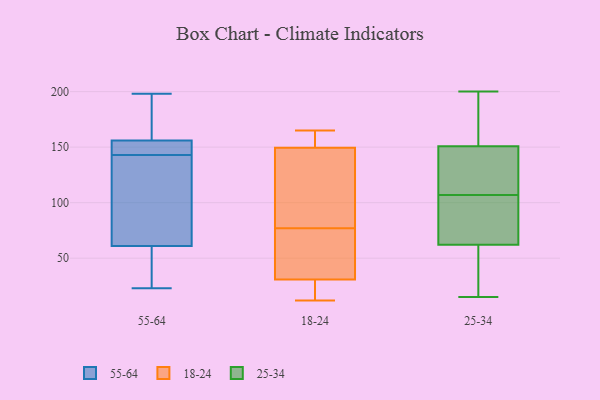
{"axis": {"x": "Demand Index", "y": "Value"}, "legend": ["18-24", "25-34", "55-64"], "data": [{"x": "", "y": 162, "type": "55-64"}, {"x": "", "y": 29, "type": "55-64"}, {"x": "", "y": 61, "type": "55-64"}, {"x": "", "y": 144, "type": "55-64"}, {"x": "", "y": 120, "type": "55-64"}, {"x": "", "y": 158, "type": "55-64"}, {"x": "", "y": 49, "type": "55-64"}, {"x": "", "y": 145, "type": "55-64"}, {"x": "", "y": 142, "type": "55-64"}, {"x": "", "y": 151, "type": "55-64"}, {"x": "", "y": 78, "type": "55-64"}, {"x": "", "y": 156, "type": "55-64"}, {"x": "", "y": 23, "type": "55-64"}, {"x": "", "y": 198, "type": "55-64"}, {"x": "", "y": 148, "type": "18-24"}, {"x": "", "y": 150, "type": "18-24"}, {"x": "", "y": 65, "type": "18-24"}, {"x": "", "y": 155, "type": "18-24"}, {"x": "", "y": 60, "type": "18-24"}, {"x": "", "y": 13, "type": "18-24"}, {"x": "", "y": 21, "type": "18-24"}, {"x": "", "y": 12, "type": "18-24"}, {"x": "", "y": 165, "type": "18-24"}, {"x": "", "y": 92, "type": "18-24"}, {"x": "", "y": 77, "type": "18-24"}, {"x": "", "y": 200, "type": "25-34"}, {"x": "", "y": 30, "type": "25-34"}, {"x": "", "y": 190, "type": "25-34"}, {"x": "", "y": 107, "type": "25-34"}, {"x": "", "y": 50, "type": "25-34"}, {"x": "", "y": 66, "type": "25-34"}, {"x": "", "y": 15, "type": "25-34"}, {"x": "", "y": 108, "type": "25-34"}, {"x": "", "y": 145, "type": "25-34"}, {"x": "", "y": 97, "type": "25-34"}, {"x": "", "y": 126, "type": "25-34"}, {"x": "", "y": 96, "type": "25-34"}, {"x": "", "y": 168, "type": "25-34"}]}